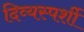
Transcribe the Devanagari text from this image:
दिव्यस्पर्शी